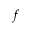
f